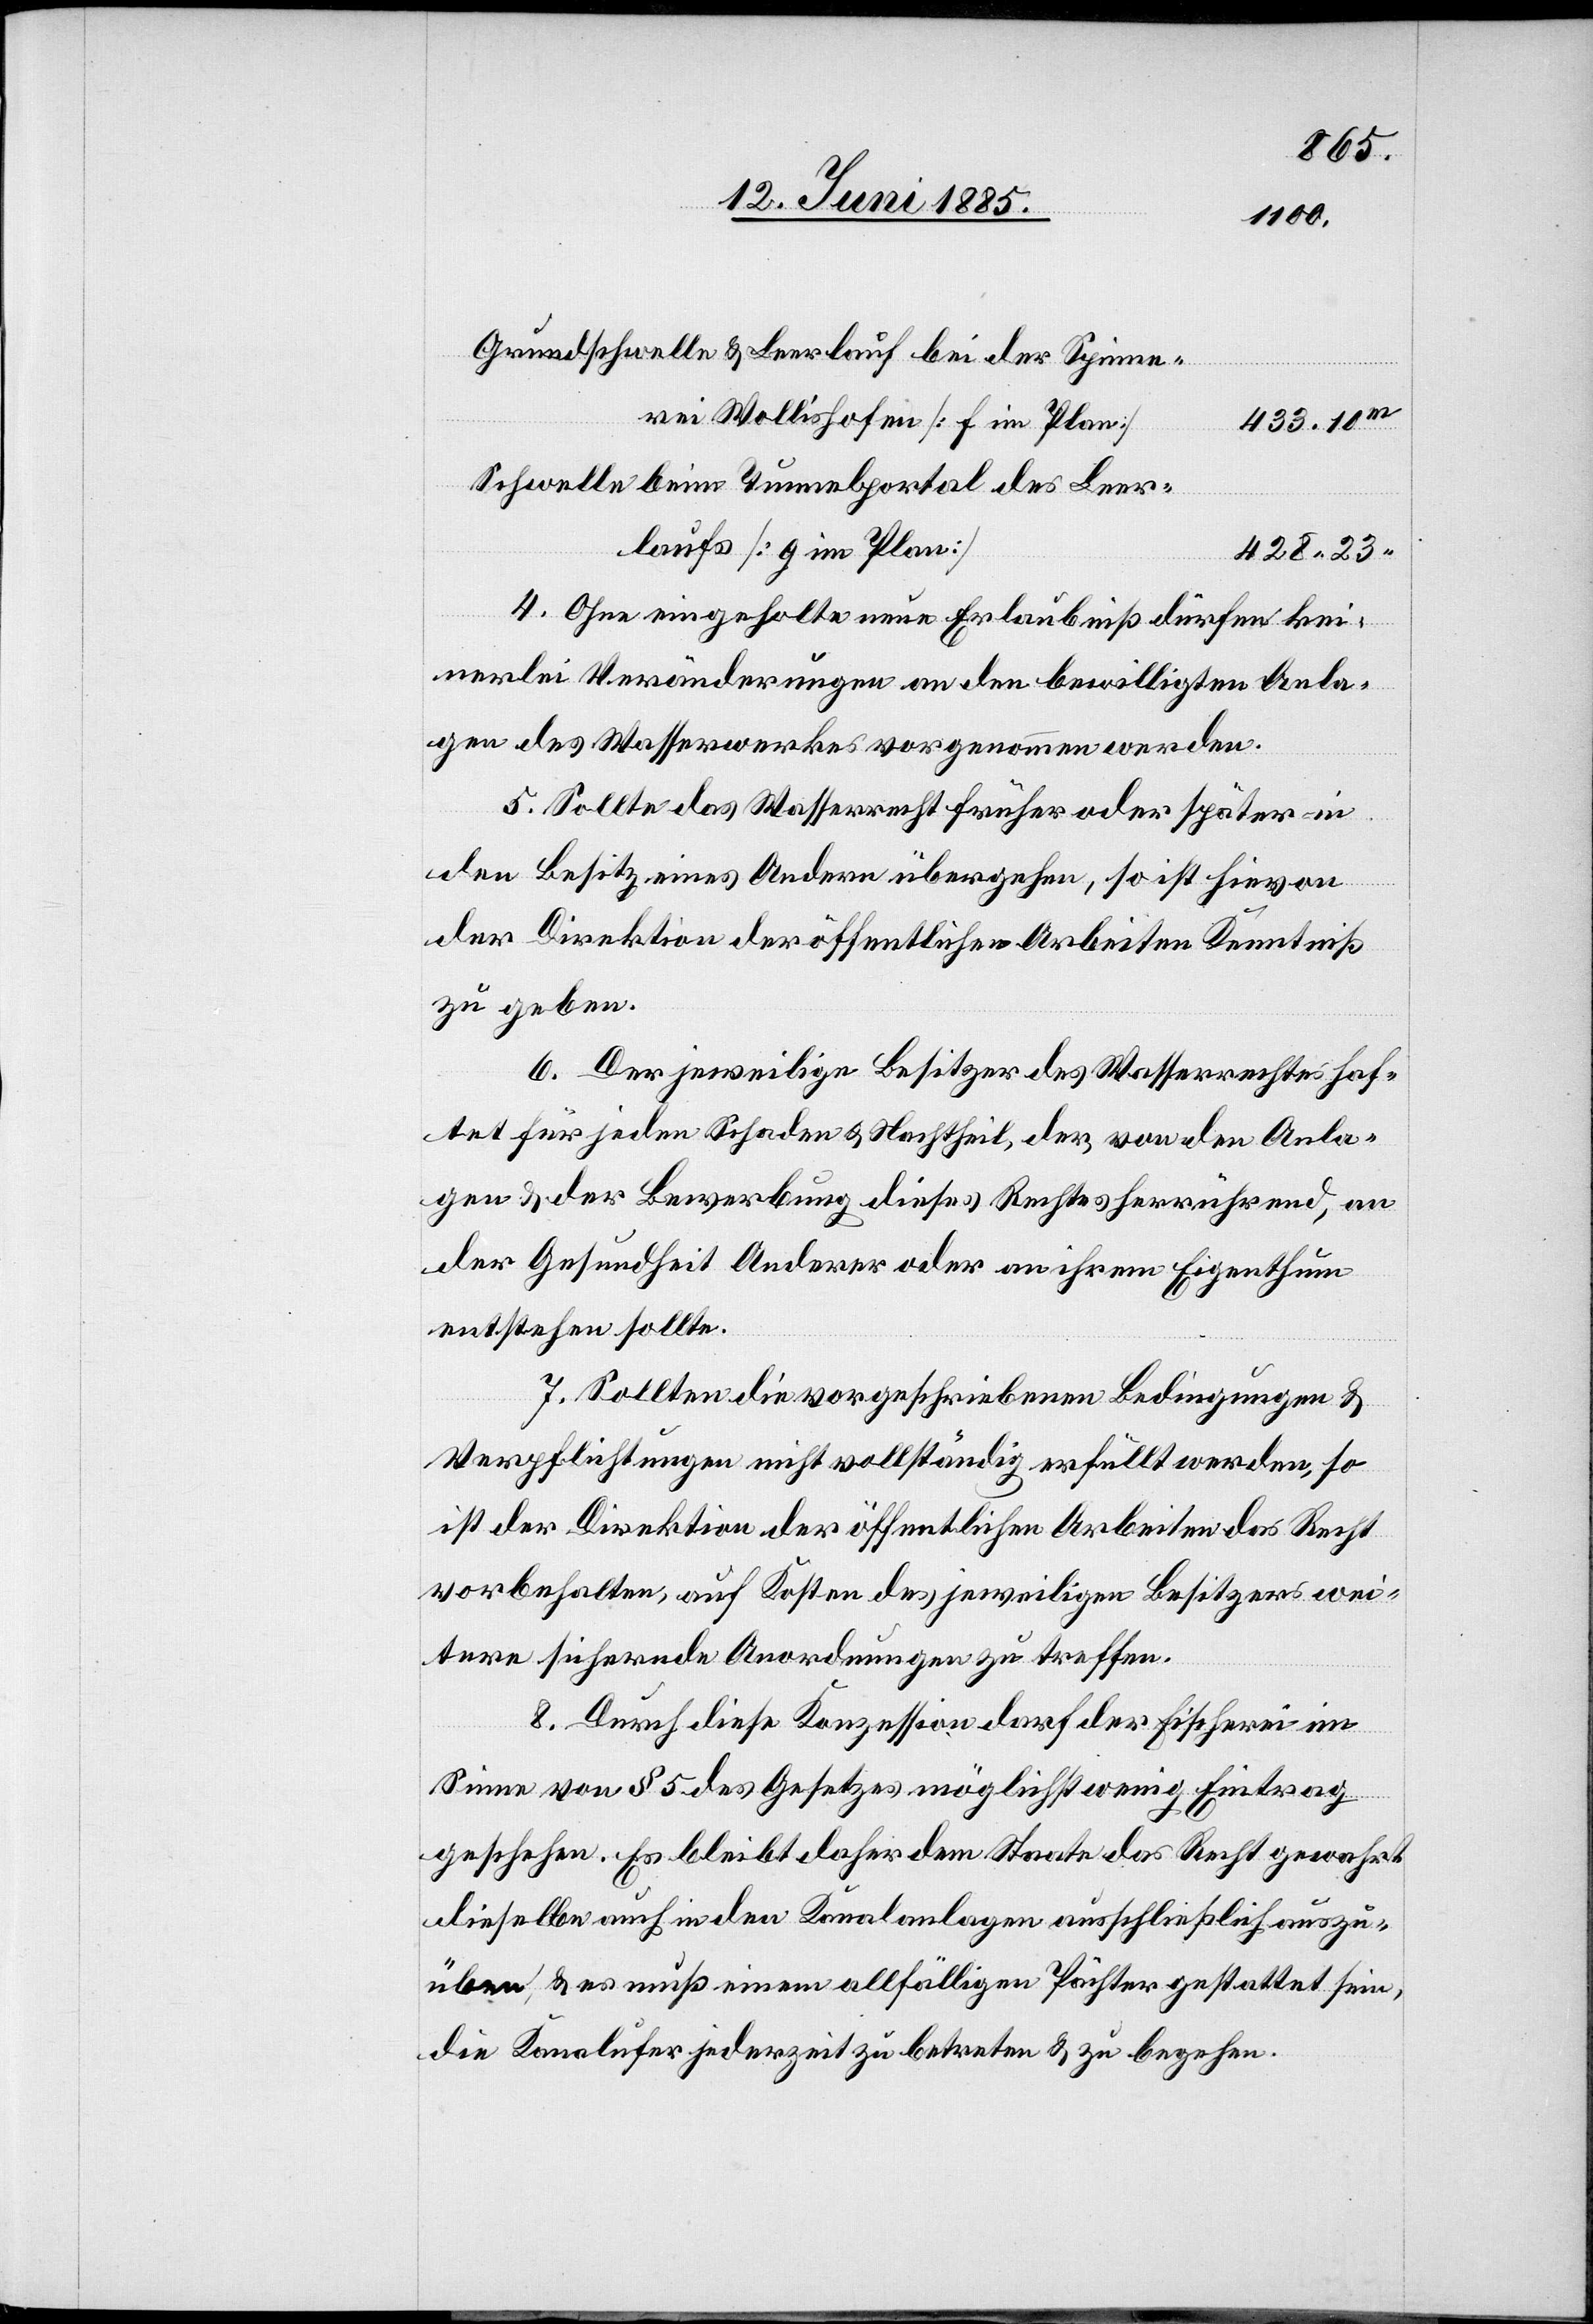
Grundschwelle & Leerlauf bei der Spinne¬
rei Wollishofen [f im Plan]
433.10
Schwelle beim Tunnelportal des Leer¬
laufs [g im Plan]
428.23
4. Ohne eingeholte neue Erlaubniß dürfen kei¬
nerlei Veränderungen an den bewilligten Anla¬
gen des Wasserwerkes vorgenommen werden.
5. Sollte das Wasserrecht früher oder später in
den Besitz eines Andern übergehen, so ist hievon
der Direktion der öffentlichen Arbeiten Kenntniß
zu geben.
6. Der jeweilige Besitzer des Wasserrechtes haf¬
tet für jeden Schaden & Nachtheil der von den Anla¬
gen & der Bewerbung dieses Rechtes herrührend, an
der Gesundheit Anderer oder an ihrem Eigenthum
entstehen sollte.
7. Sollten die vorgeschriebenen Bedingungen &
Verpflichtungen nicht vollständig erfüllt werden, so
ist der Direktion der öffentlichen Arbeiten das Recht
vorbehalten, auf Kosten des jeweiligen Besitzers wei¬
tere sichernde Anordnungen zu treffen.
8. Durch diese Konzession darf der Fischerei im
Sinne von § 5 des Gesetzes möglichst wenig Eintrag
geschehen. Es bleibt daher dem Staate das Recht gewahrt
dieselben auch in den Kanalanlagen ausschließlich auszu¬
üben, & es muß einem allfälligen Pächter gestattet sein,
die Kanalufer jederzeit zu betreten & zu begehen.